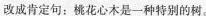
改成肯定句：桃花心木是-种特别的树。